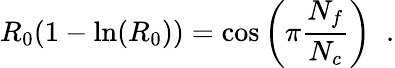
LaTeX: R_{0}(1-\ln(R_{0}))=\cos\left(\pi\frac{N_{f}}{N_{c}}\right)\; \; .